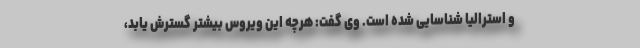
و استرالیا شناسایی شده است. وی گفت: هرچه این ویروس بیشتر گسترش یابد،